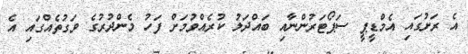
އެ ރަށުގައި އެމްޑީޕީ ސަޕޯޓަރުންނާއި ބައްދަލު ކުރެއްވުމަށް ފަހު މެންދުރުގެ ވަގުތެއްގައި އެ